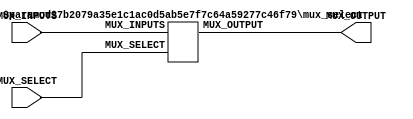
// ----------------------------------------------------------------------
// Copyright (c) 2016, The Regents of the University of California All
// rights reserved.
// 
// Redistribution and use in source and binary forms, with or without
// modification, are permitted provided that the following conditions are
// met:
// 
//     * Redistributions of source code must retain the above copyright
//       notice, this list of conditions and the following disclaimer.
// 
//     * Redistributions in binary form must reproduce the above
//       copyright notice, this list of conditions and the following
//       disclaimer in the documentation and/or other materials provided
//       with the distribution.
// 
//     * Neither the name of The Regents of the University of California
//       nor the names of its contributors may be used to endorse or
//       promote products derived from this software without specific
//       prior written permission.
// 
// THIS SOFTWARE IS PROVIDED BY THE COPYRIGHT HOLDERS AND CONTRIBUTORS
// "AS IS" AND ANY EXPRESS OR IMPLIED WARRANTIES, INCLUDING, BUT NOT
// LIMITED TO, THE IMPLIED WARRANTIES OF MERCHANTABILITY AND FITNESS FOR
// A PARTICULAR PURPOSE ARE DISCLAIMED. IN NO EVENT SHALL REGENTS OF THE
// UNIVERSITY OF CALIFORNIA BE LIABLE FOR ANY DIRECT, INDIRECT,
// INCIDENTAL, SPECIAL, EXEMPLARY, OR CONSEQUENTIAL DAMAGES (INCLUDING,
// BUT NOT LIMITED TO, PROCUREMENT OF SUBSTITUTE GOODS OR SERVICES; LOSS
// OF USE, DATA, OR PROFITS; OR BUSINESS INTERRUPTION) HOWEVER CAUSED AND
// ON ANY THEORY OF LIABILITY, WHETHER IN CONTRACT, STRICT LIABILITY, OR
// TORT (INCLUDING NEGLIGENCE OR OTHERWISE) ARISING IN ANY WAY OUT OF THE
// USE OF THIS SOFTWARE, EVEN IF ADVISED OF THE POSSIBILITY OF SUCH
// DAMAGE.
// ----------------------------------------------------------------------
//----------------------------------------------------------------------------
// Version:				1.00.a
// Verilog Standard:	Verilog-2001
// Description:			A simple multiplexer
// TODO:                Remove C_CLOG_NUM_INPUTS
//-----------------------------------------------------------------------------
`timescale 1ns/1ns
// `include "functions.vh"
module mux
    #(
      parameter C_NUM_INPUTS = 4,
      parameter C_CLOG_NUM_INPUTS = 2,
      parameter C_WIDTH = 32,
      parameter C_MUX_TYPE = "SELECT"
      )
    (
     input [(C_NUM_INPUTS)*C_WIDTH-1:0] MUX_INPUTS,
     input [C_CLOG_NUM_INPUTS-1:0]      MUX_SELECT,
     output [C_WIDTH-1:0]               MUX_OUTPUT
     );
    generate
        if(C_MUX_TYPE == "SELECT") begin
            mux_select
                #(/*AUTOINSTPARAM*/
                  // Parameters
                  .C_NUM_INPUTS             (C_NUM_INPUTS),
                  .C_CLOG_NUM_INPUTS        (C_CLOG_NUM_INPUTS),
                  .C_WIDTH                  (C_WIDTH))
            mux_select_inst
                (/*AUTOINST*/
                 // Outputs
                 .MUX_OUTPUT            (MUX_OUTPUT[C_WIDTH-1:0]),
                 // Inputs
                 .MUX_INPUTS            (MUX_INPUTS[(C_NUM_INPUTS)*C_WIDTH-1:0]),
                 .MUX_SELECT            (MUX_SELECT[C_CLOG_NUM_INPUTS-1:0]));
        end else if (C_MUX_TYPE == "SHIFT") begin
            mux_shift
                #(/*AUTOINSTPARAM*/
                  // Parameters
                  .C_NUM_INPUTS             (C_NUM_INPUTS),
                  .C_CLOG_NUM_INPUTS        (C_CLOG_NUM_INPUTS),
                  .C_WIDTH                  (C_WIDTH))
            mux_shift_inst
                (/*AUTOINST*/
                 // Outputs
                 .MUX_OUTPUT            (MUX_OUTPUT[C_WIDTH-1:0]),
                 // Inputs
                 .MUX_INPUTS            (MUX_INPUTS[(C_NUM_INPUTS)*C_WIDTH-1:0]),
                 .MUX_SELECT            (MUX_SELECT[C_CLOG_NUM_INPUTS-1:0]));
        end
    endgenerate
endmodule

module mux_select
    #(
      parameter C_NUM_INPUTS = 4,
      parameter C_CLOG_NUM_INPUTS = 2,
      parameter C_WIDTH = 32
      )
    (
     input [(C_NUM_INPUTS)*C_WIDTH-1:0] MUX_INPUTS,
     input [C_CLOG_NUM_INPUTS-1:0]      MUX_SELECT,
     output [C_WIDTH-1:0]               MUX_OUTPUT
     );
    genvar                              i;
    wire [C_WIDTH-1:0]                  wMuxInputs[C_NUM_INPUTS-1:0];
    assign MUX_OUTPUT = wMuxInputs[MUX_SELECT];
    generate
        for (i = 0; i < C_NUM_INPUTS ; i = i + 1) begin : gen_muxInputs_array
            assign wMuxInputs[i] = MUX_INPUTS[i*C_WIDTH +: C_WIDTH];
        end
    endgenerate
endmodule

module mux_shift
    #(
      parameter C_NUM_INPUTS = 4,
      parameter C_CLOG_NUM_INPUTS = 2,
      parameter C_WIDTH = 32
      )
    (
     input [(C_NUM_INPUTS)*C_WIDTH-1:0] MUX_INPUTS,
     input [C_CLOG_NUM_INPUTS-1:0]      MUX_SELECT,
     output [C_WIDTH-1:0]               MUX_OUTPUT
     );
    genvar                              i;
    wire [C_WIDTH*C_NUM_INPUTS-1:0]     wMuxInputs;
    assign wMuxInputs = MUX_INPUTS >> MUX_SELECT;   
    assign MUX_OUTPUT = wMuxInputs[C_WIDTH-1:0];
endmodule